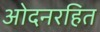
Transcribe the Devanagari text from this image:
ओदनरहित